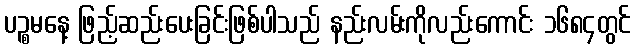
ပဉ္စမနေ့ ဖြည့်ဆည်းပေးခြင်းဖြစ်ပါသည် နည်းလမ်းကိုလည်းကောင်း ၁၆၈၄တွင်